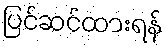
ပြင်ဆင်ထားရန်